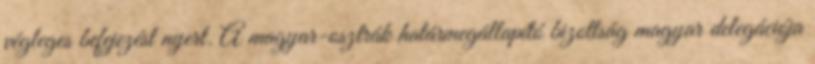
végleges befejezést nyert. A magyar-osztrák határmegállapító bizottság magyar delegációja